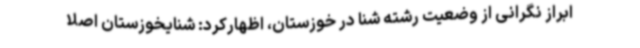
ابراز نگرانی از وضعیت رشته شنا در خوزستان، اظهارکرد: شنایخوزستان اصلا